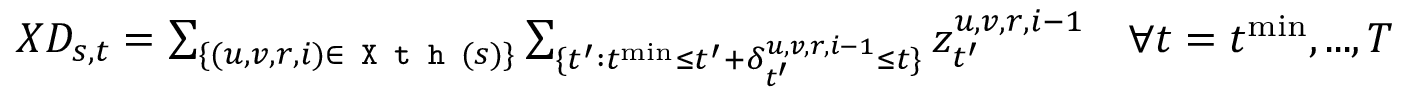
\begin{array} { r } { X D _ { s , t } = \sum _ { \{ ( u , v , r , i ) \in \texttt { X t h } ( s ) \} } \sum _ { \{ t ^ { \prime } : t ^ { \mathrm { m i n } } \leq t ^ { \prime } + \delta _ { t ^ { \prime } } ^ { u , v , r , i - 1 } \leq t \} } z _ { t ^ { \prime } } ^ { u , v , r , i - 1 } \quad \forall t = t ^ { \mathrm { m i n } } , . . . , T } \end{array}